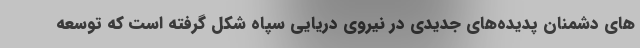
های دشمنان پدیده‌های جدیدی در نیروی دریایی سپاه شکل گرفته است که توسعه